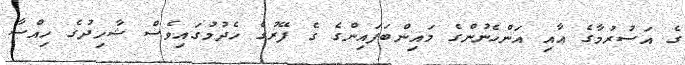
ގެ އަސުރުމާގެ އާއި އަންހެނުންގެ މައިންބަފައިންގެ ގެ ފޭރުގެ ހެދުމުގައިވެސް ޝާހިދުގެ ހިއްސާ